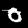
Digit: 0